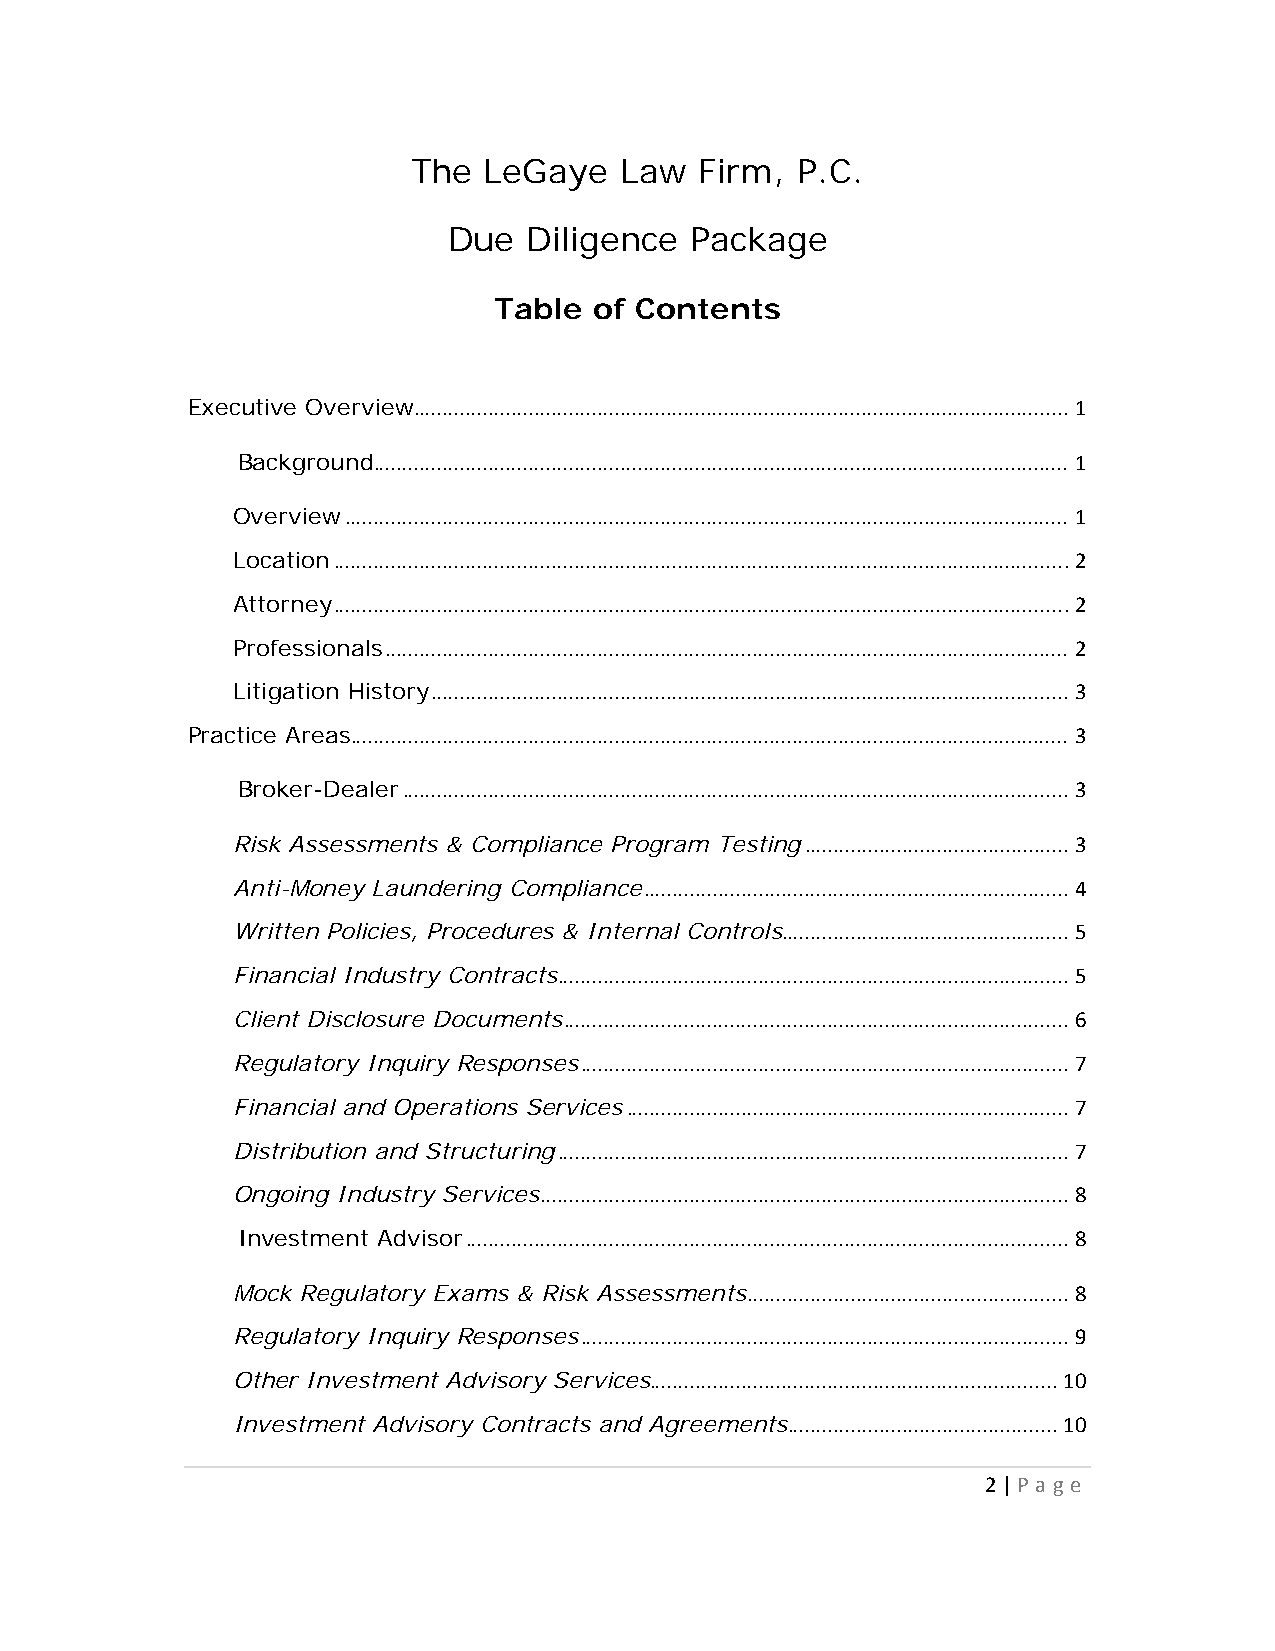
The  LeGaye   Law  Firm,  P.C.
 Due  Diligence  Package
 Table of Contents
 Executive Overview .................................................................................................................. 1
 Background......................................................................................................................... 1
 Overview .............................................................................................................................. 1
 Location ................................................................................................................................ 2
 Attorney ................................................................................................................................ 2
 Professionals ....................................................................................................................... 2
 Litigation History ............................................................................................................... 3
 Practice Areas ............................................................................................................................. 3
 Broker-Dealer .................................................................................................................... 3
 Risk Assessments & Compliance Program Testing .............................................. 3
 Anti-Money Laundering Compliance .......................................................................... 4
 Written Policies, Procedures & Internal Controls .................................................. 5
 Financial Industry Contracts ......................................................................................... 5
 Client Disclosure Documents ........................................................................................ 6
 Regulatory Inquiry Responses ..................................................................................... 7
 Financial and Operations Services ............................................................................. 7
 Distribution and Structuring ......................................................................................... 7
 Ongoing Industry Services ............................................................................................ 8
 Investment Advisor ......................................................................................................... 8
 Mock Regulatory Exams & Risk Assessments ........................................................ 8
 Regulatory Inquiry Responses ..................................................................................... 9
 Other Investment Advisory Services ....................................................................... 10
 Investment Advisory Contracts and Agreements ............................................... 10
 2 | P a g e